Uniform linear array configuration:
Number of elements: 64
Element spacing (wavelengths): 0.75
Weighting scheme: blackman
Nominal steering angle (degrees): -15
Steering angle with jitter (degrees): -16.596
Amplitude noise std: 0.05
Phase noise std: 0.05

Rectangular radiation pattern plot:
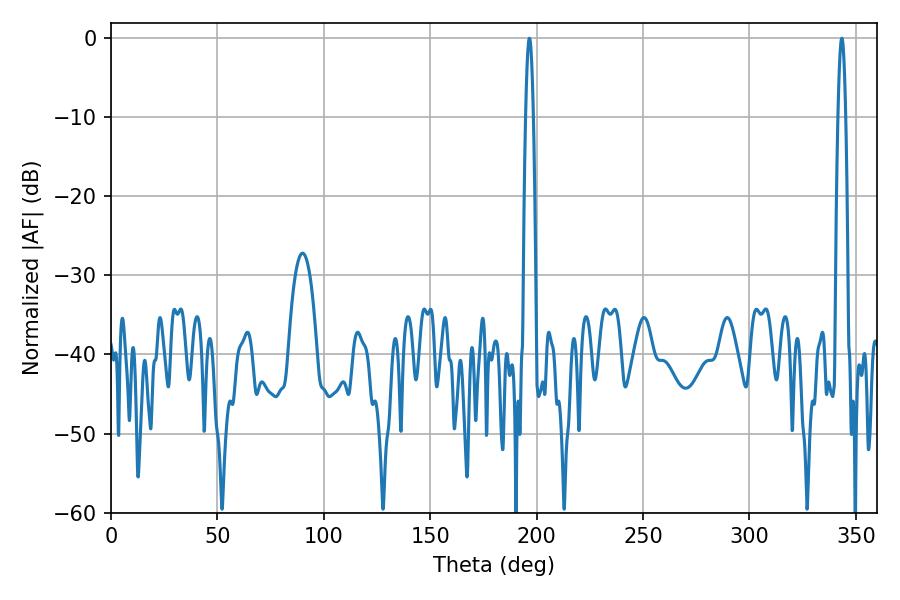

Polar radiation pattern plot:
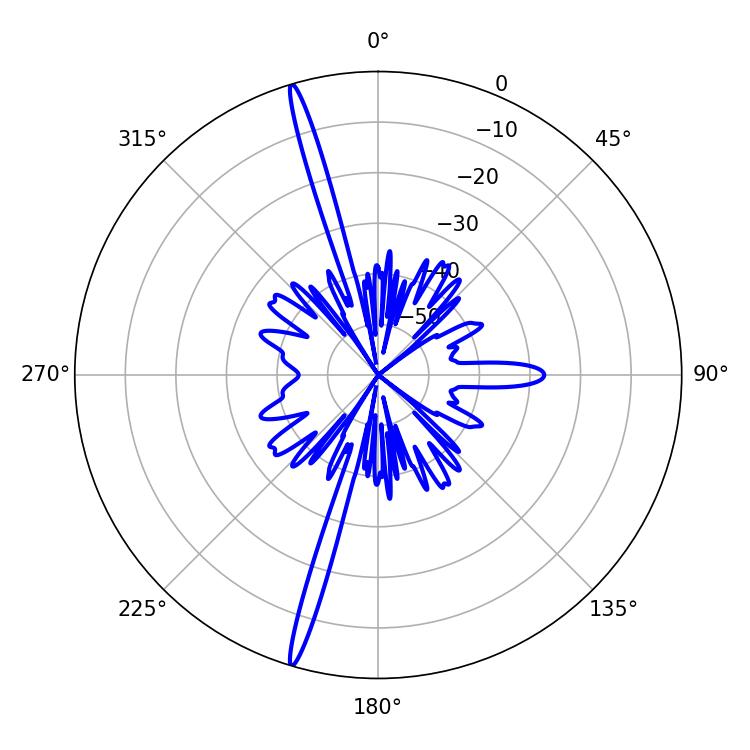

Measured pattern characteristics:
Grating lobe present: TRUE
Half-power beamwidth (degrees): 1.98
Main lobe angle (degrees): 196.56